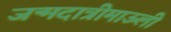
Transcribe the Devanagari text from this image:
जन्मदात्रीमाऊली